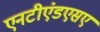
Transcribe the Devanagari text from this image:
एनटीएंडएसए